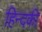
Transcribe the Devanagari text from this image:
हिन्दकी